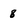
Character: 8